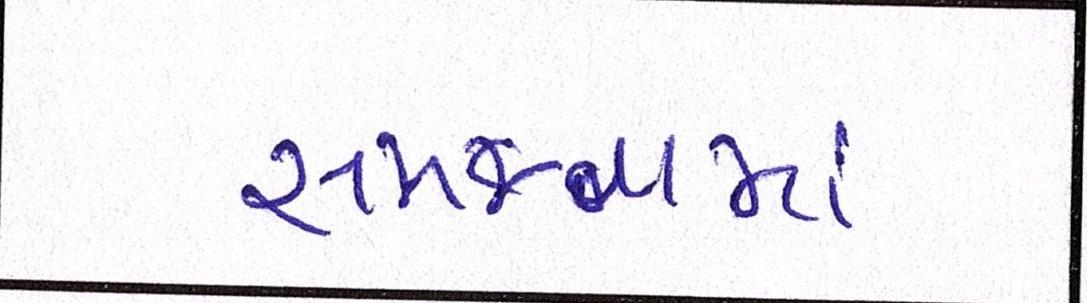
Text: સમજવામાં